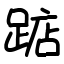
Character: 踮